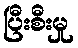
ပြီးစီးမှု